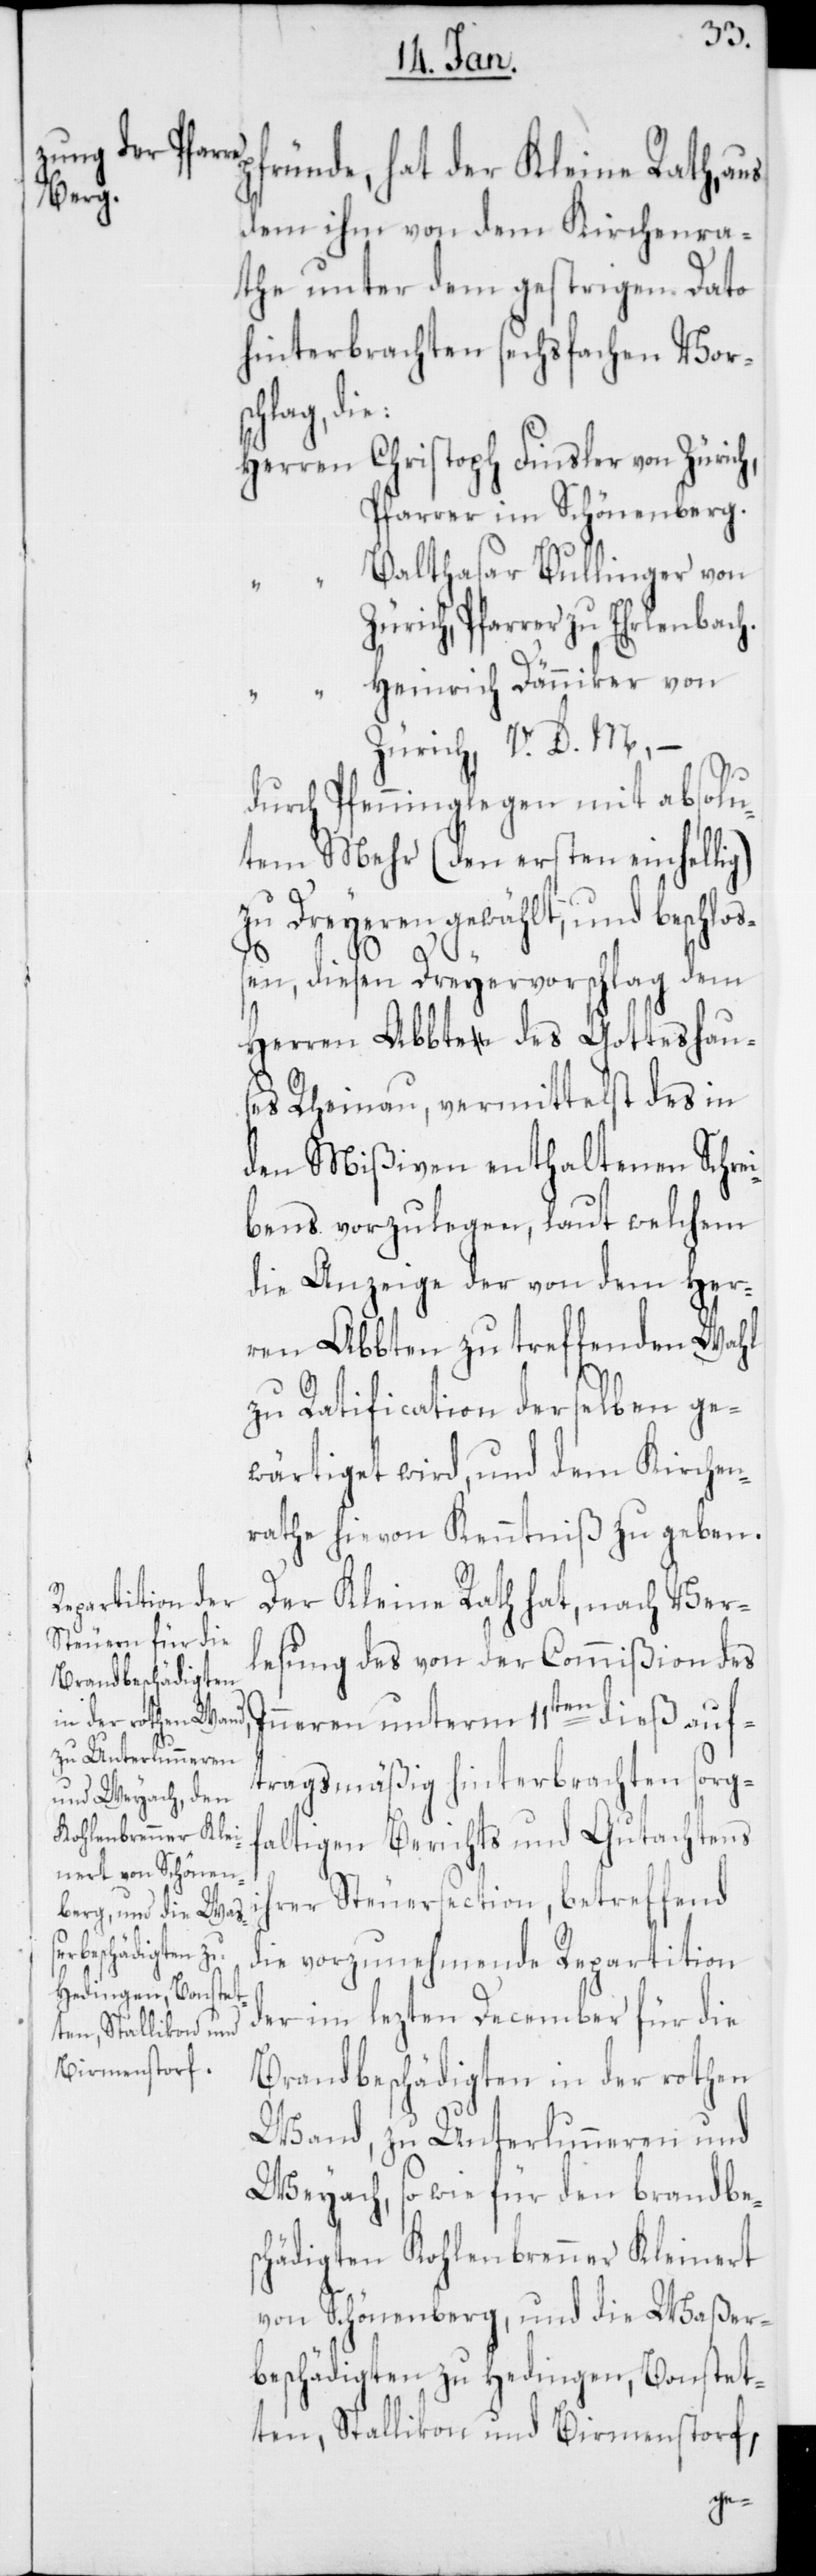
ründe, hat der Kleine Rath, aus
dem ihm von dem Kirchenra¬
the unter dem gestrigen Dato
hinterbrachten sechsfachen Vors¬
chlag, di¬
Herren Christoph Finsler von Züric¬
Pfarrer im Schönenberg.
Balthasar Bullinger von
Zürich, Pfarrer zu Erlenbach.
“ Heinrich Dänniker von
Zürich, V. D. M., –
durch Pfenninglegen mit absolu¬
tem Mehr (den ersten einhellig)
zu Dreyeren gewählt, und beschlo¬
ßen, diesen Dreyervorschlag dem
Herren Abbte des Gotteshau¬
ses Rheinau, vermittelst des in
den Mißiven enthaltenen Schrei¬
bens vorzulegen, laut welchem
die Anzeige der von dem Her¬
ren Abbten zu treffenden Wahl
zu Ratification derselben ge¬
wärtiget wird, und dem Kirchen¬
rathe hievon Kenntniß zu geben.
Der Kleine Rath hat, nach Ver¬
lesung des von der Commißion des
Inneren unterm 11ten dieß auf¬
tragsmäßig hinterbrachten sorgf¬
altigen Berichts und Gutachtens
ihrer Steuersection, betreffend
die vorzunehmende Repartition
der im lezten December für die
Brandbeschädigten in der rothen
Wand, zu Unterlunnern und
Weyach, sowie für den brandbe¬
schädigten Kohlenbrenner Kleinert
von Schönenberg, und die Waßer¬
beschädigten zu Hedingen, Bonstet¬
ten, Stallikon und Birmenstorf,
h,